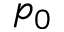
p _ { 0 }